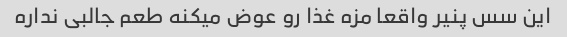
این سس پنیر واقعا مزه غذا رو عوض میکنه طعم جالبی نداره